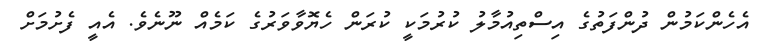
އެހެންކަމުން ދުންފަތުގެ އިސްތިއުމާލު ކުރުމަކީ ކުރަން ހެޔޮވާވަރުގެ ކަމެއް ނޫނެވެ. އެއީ ފެށުމަށް